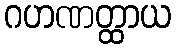
ဂဟဏတ္ထာယ